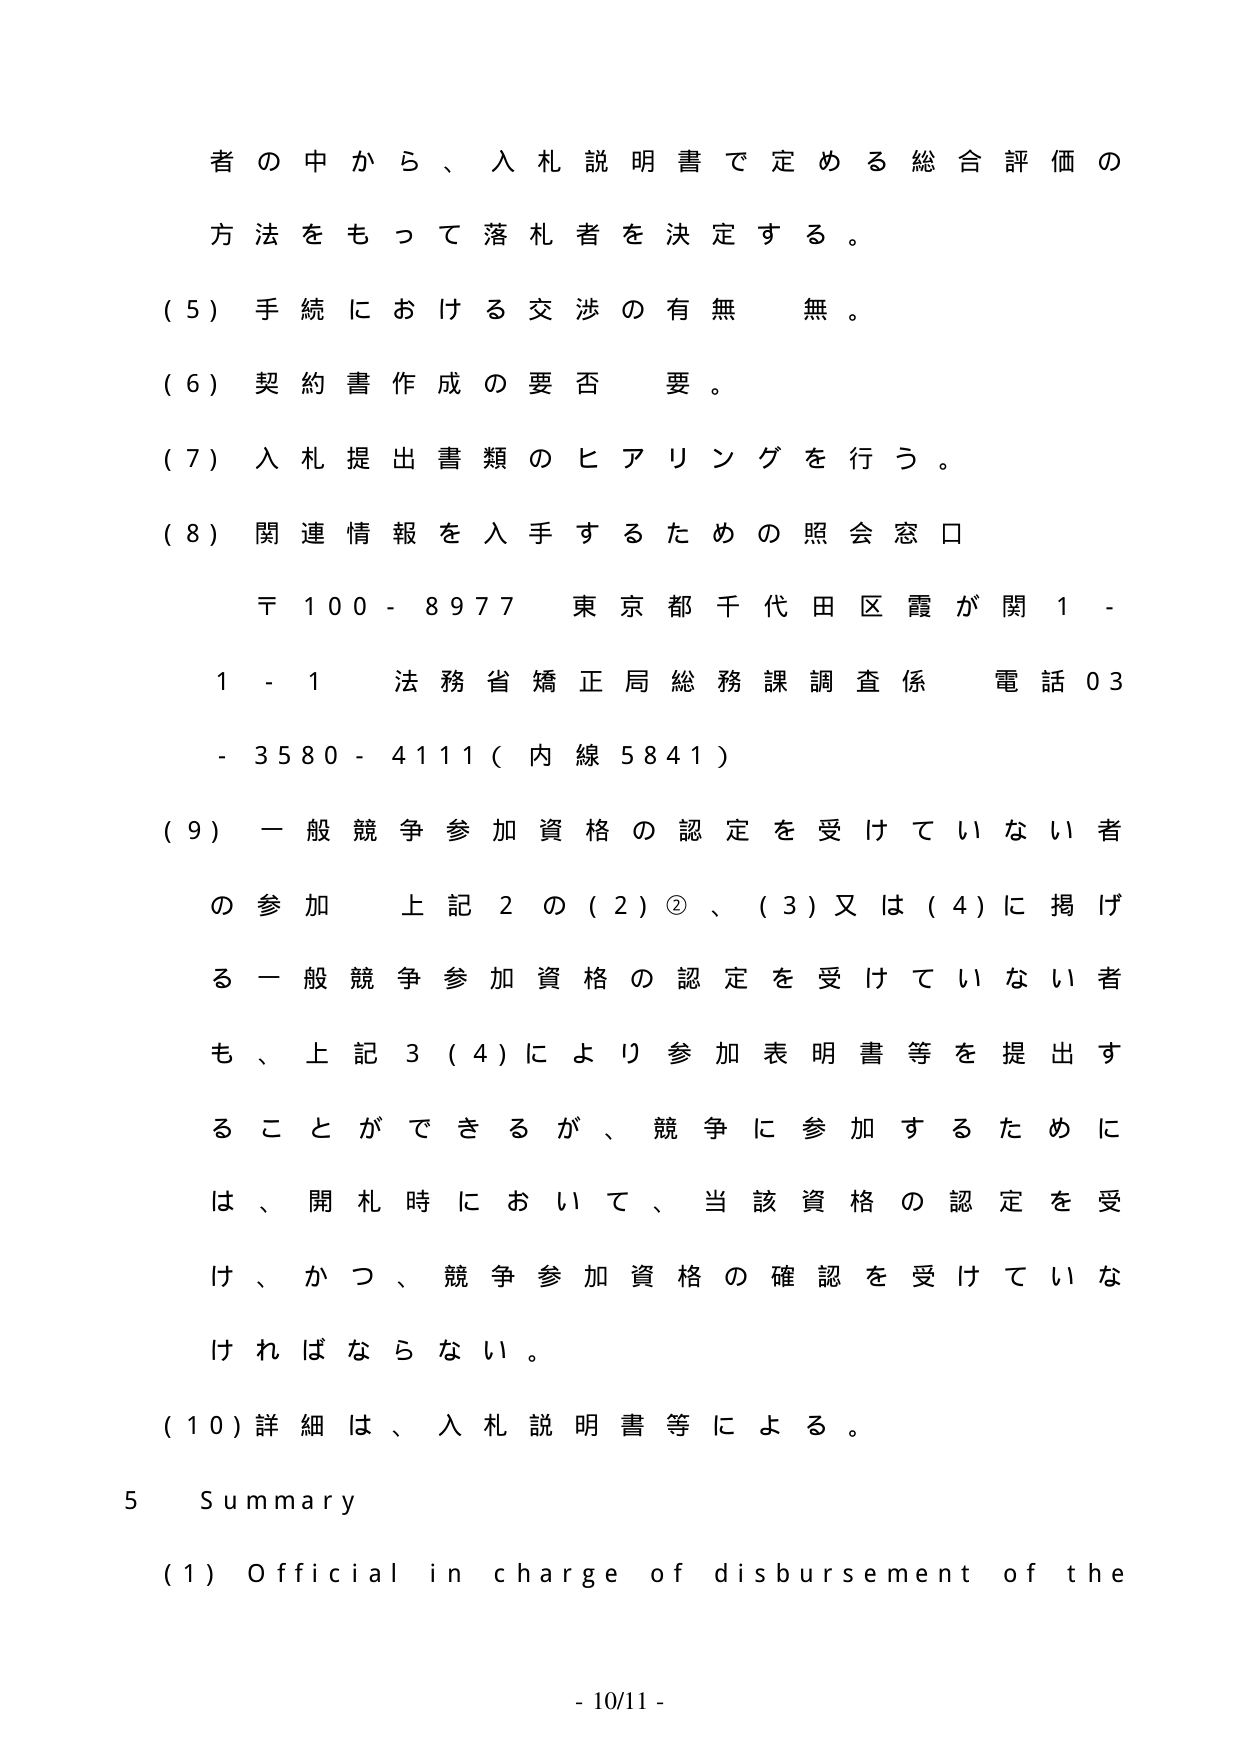
者の中から、入札説明書で定める総合評価の
方法をもって落札者を決定する。
(5) 手続における交渉の有無 無。
(6) 契約書作成の要否 要。
(7) 入札提出書類のヒアリングを行う。
(8) 関連情報を入手するための照会窓口
〒100-8977 東京都千代田区霞が関1-
1-1 法務省矯正局総務課調査係 電話03
-3580-4111（内線5841）
(9) 一般競争参加資格の認定を受けていない者
の参加 上記2の(2)②、(3)又は(4)に掲げ
る一般競争参加資格の認定を受けていない者
も、上記3(4)により参加表明書等を提出す
ることができるが、競争に参加するために
は、開札時において、当該資格の認定を受
け、かつ、競争参加資格の確認を受けていな
ければならない。
(10) 詳細は、入札説明書等による。
5 Summary
(1) Official in charge of disbursement of the
- 10/11 -